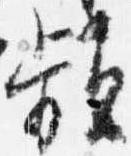
頻